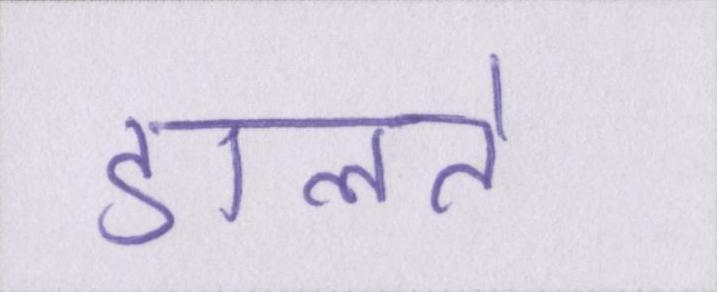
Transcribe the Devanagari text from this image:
डालते